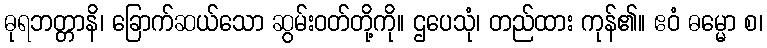
ဓုရဘတ္တာနိ၊ ခြောက်ဆယ်သော ဆွမ်းဝတ်တို့ကို။ ဌပေသုံ၊ တည်ထား ကုန်၏။ ဧဝံ ဓမ္မော စ၊